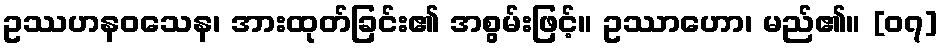
ဥဿဟနဝသေန၊ အားထုတ်ခြင်း၏ အစွမ်းဖြင့်။ ဥဿာဟော၊ မည်၏။ [၀၇]